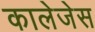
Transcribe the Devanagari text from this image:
कालेजेस